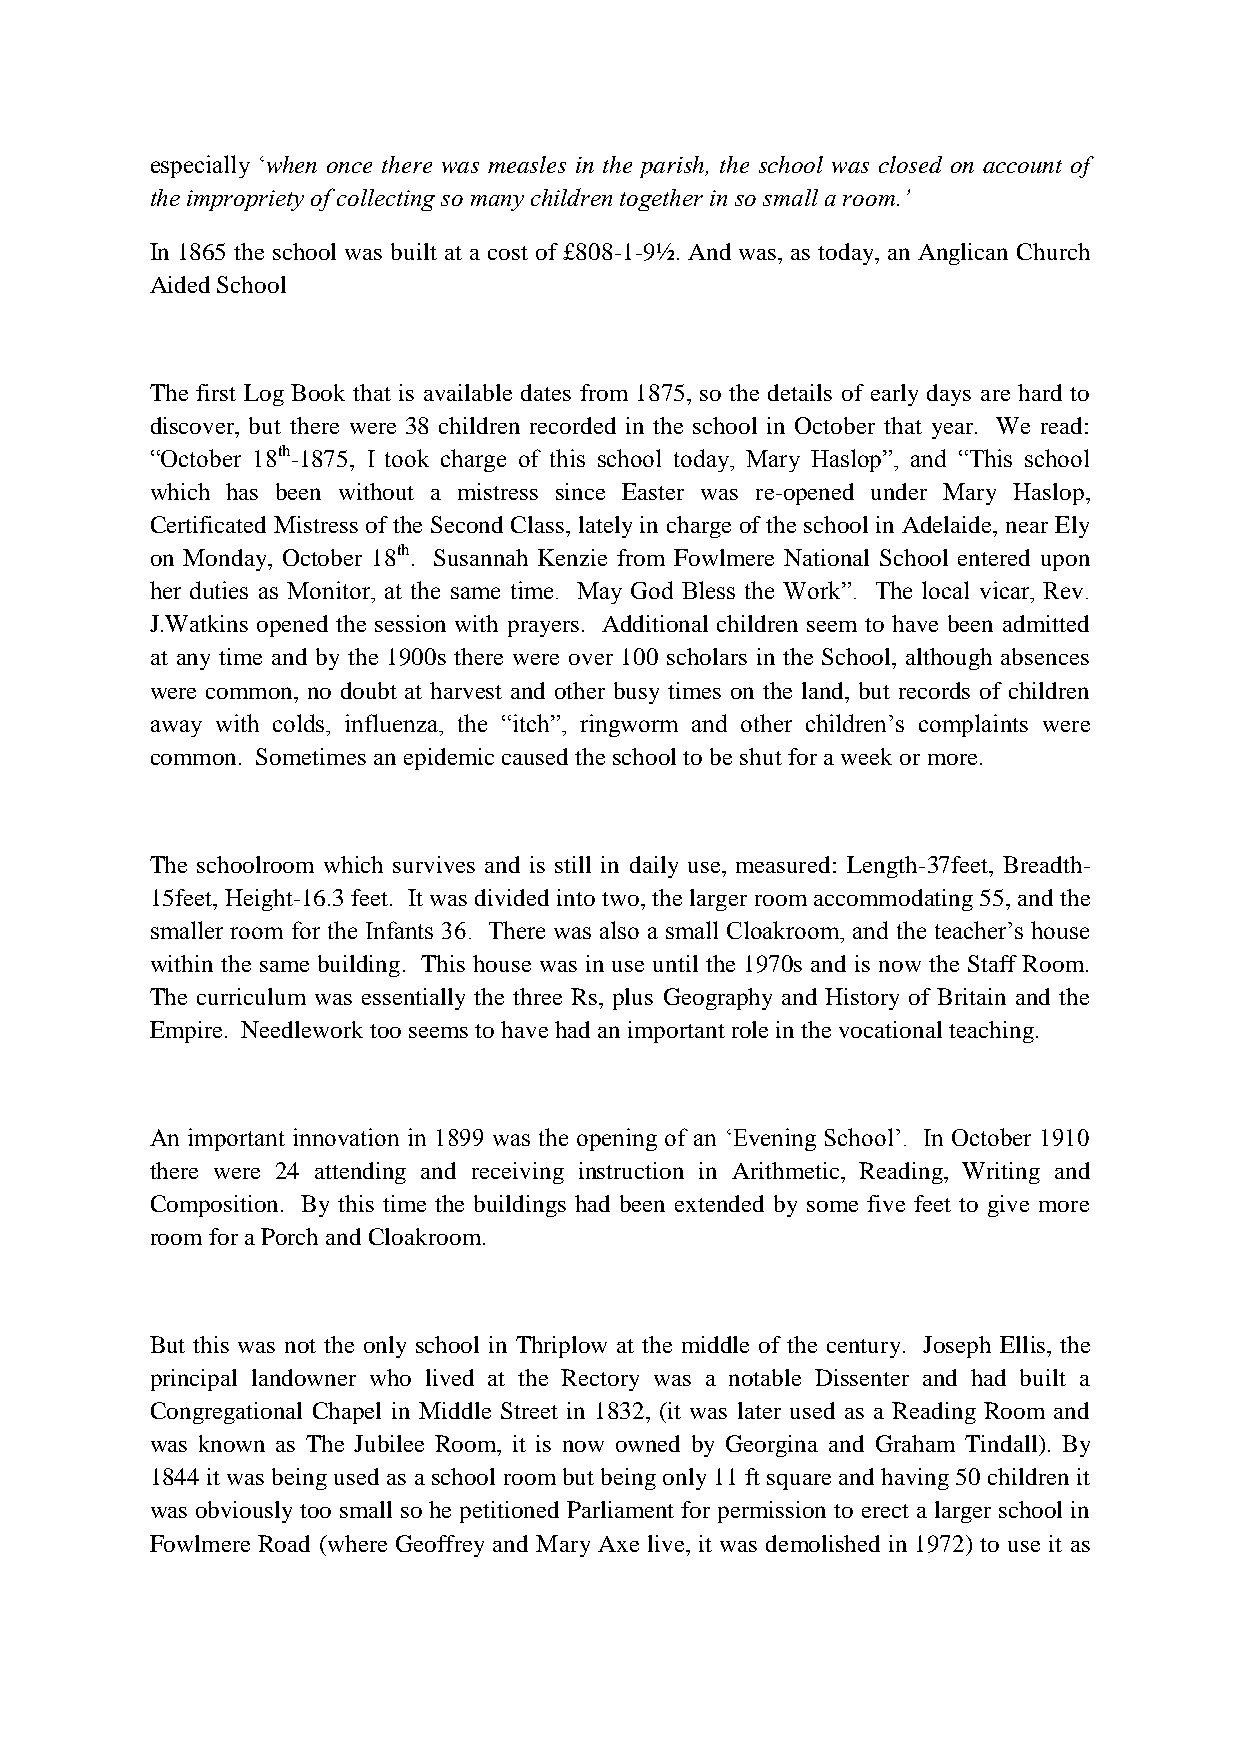
especially ‘when once there was measles in the parish, the school was closed on account of
 the impropriety of collecting so many children together in so small a room.’
 In 1865 the school was built at a cost of £808-1-9½. And was, as today, an Anglican Church
 Aided School
 The first Log Book that is available dates from 1875, so the details of early days are hard to
 discover, but there were 38 children recorded in the school in October that year. We read:
 “October 18th-1875, I took charge of this school today, Mary Haslop”, and “This school
 which has been without a mistress since Easter was re-opened under Mary Haslop,
 Certificated Mistress of the Second Class, lately in charge of the school in Adelaide, near Ely
 on Monday, October 18th. Susannah Kenzie from Fowlmere National School entered upon
 her duties as Monitor, at the same time. May God Bless the Work”. The local vicar, Rev.
 J.Watkins opened the session with prayers. Additional children seem to have been admitted
 at any time and by the 1900s there were over 100 scholars in the School, although absences
 were common, no doubt at harvest and other busy times on the land, but records of children
 away with colds, influenza, the “itch”, ringworm and other children’s complaints were
 common. Sometimes an epidemic caused the school to be shut for a week or more.
 The schoolroom which survives and is still in daily use, measured: Length-37feet, Breadth-
 15feet, Height-16.3 feet. It was divided into two, the larger room accommodating 55, and the
 smaller room for the Infants 36. There was also a small Cloakroom, and the teacher’s house
 within the same building. This house was in use until the 1970s and is now the Staff Room.
 The curriculum was essentially the three Rs, plus Geography and History of Britain and the
 Empire. Needlework too seems to have had an important role in the vocational teaching.
 An important innovation in 1899 was the opening of an ‘Evening School’. In October 1910
 there were 24 attending and receiving instruction in Arithmetic, Reading, Writing and
 Composition. By this time the buildings had been extended by some five feet to give more
 room for a Porch and Cloakroom.
 But this was not the only school in Thriplow at the middle of the century. Joseph Ellis, the
 principal landowner who lived at the Rectory was a notable Dissenter and had built a
 Congregational Chapel in Middle Street in 1832, (it was later used as a Reading Room and
 was known as The Jubilee Room, it is now owned by Georgina and Graham Tindall). By
 1844 it was being used as a school room but being only 11 ft square and having 50 children it
 was obviously too small so he petitioned Parliament for permission to erect a larger school in
 Fowlmere Road (where Geoffrey and Mary Axe live, it was demolished in 1972) to use it as